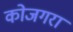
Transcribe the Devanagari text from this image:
कोजगरा